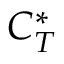
C _ { T } ^ { * }